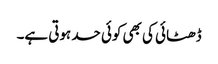
ڈھٹائی کی بھی کوئی حد ہوتی ہے۔